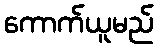
ကောက်ယူမည်